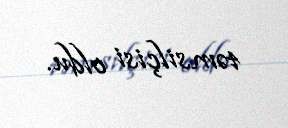
təmsilçisi oldu.